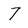
Character: 7